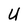
Character: U